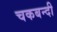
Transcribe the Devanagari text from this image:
चकबन्दी